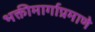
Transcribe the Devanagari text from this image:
भक्तीमार्गाप्रमाणे